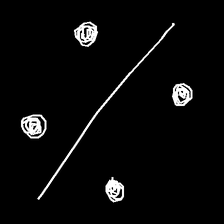
Glyph: cool